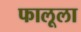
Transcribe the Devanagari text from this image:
फालूला